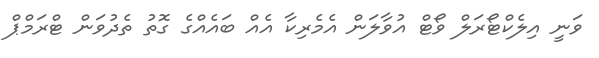
ވަނީ އިލެކްޓޯރަލް ވޯޓް އުވާލަން އެމެރިކާ އެއް ބައެއްގެ ގޮތު ތެދުވަން ޓްރަމްޕް